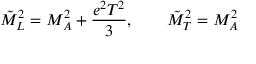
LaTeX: \tilde { M } _ { L } ^ { 2 } = M _ { A } ^ { 2 } + { \frac { e ^ { 2 } T ^ { 2 } } { 3 } } , \qquad \tilde { M } _ { T } ^ { 2 } = M _ { A } ^ { 2 }